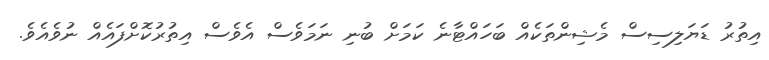
އިތުރު ޑަޔަލިސިސް މެޝިންތަކެއް ބަހައްޓާނެ ކަމަށް ބުނި ނަމަވެސް އެވެސް އިތުރުކޮށްފައެއް ނުވެއެވެ.